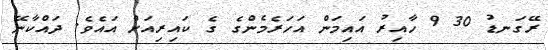
ރޭގަނޑު 30 9 ހާއިރު އައިމަން އަހަރެމެންގެ ގެ ކައިރިއަށް އައެވެ. ދައްކާނޭ